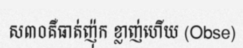
ស៣០គឺធាត់ញ៉ុក ខ្លាញ់ហើយ (Obse)